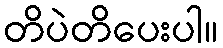
တိပဲတိပေးပါ။